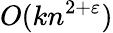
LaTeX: O(kn^{2+\varepsilon})